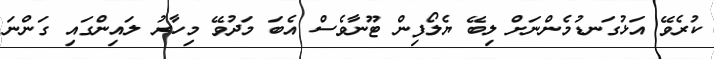
ކުރެވޭ އަޅުގަނޑުމެންނަށް ލިބޭ ޔެލޯފިން ޓޫނާވެސް އެބަ މަދުވޭ މިހާރު ލައިންގައި ގަންނަ